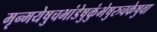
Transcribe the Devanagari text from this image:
मृन्मयेषुचभांडेषुकुंभेषुरुचकेषुवा